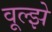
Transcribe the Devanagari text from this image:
वूल्झे